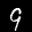
Label: 9